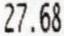
27.68